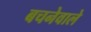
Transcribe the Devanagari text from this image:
बचनेवाले